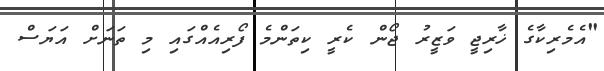
"އެމެރިކާގެ ޚާރިޖީ ވަޒީރު ޖޯން ކެރީ ކިތަންމެ ފޯރިއެއްގައި މި ތަނަށް އަޔަސް